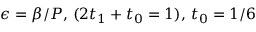
\epsilon = \beta / P , \, ( 2 t _ { 1 } + t _ { 0 } = 1 ) , \, t _ { 0 } = 1 / 6